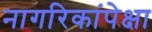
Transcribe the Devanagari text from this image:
नागरिकांपेक्षा